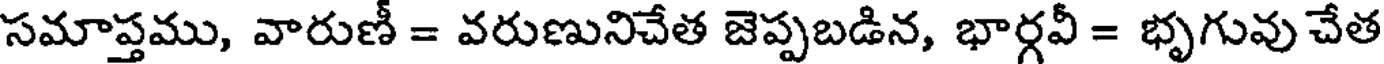
సమాప్తము, వారుణీ = వరుణునిచేత జెప్పబడిన, భార్గవీ = భృగువు చేత